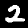
Digit: 2